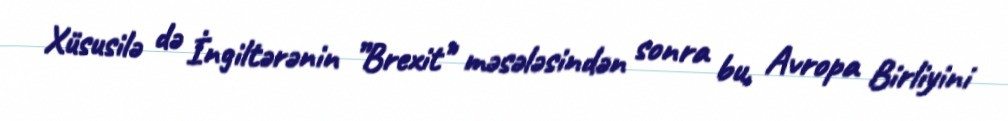
Xüsusilə də İngiltərənin ”Brexit" məsələsindən sonra bu, Avropa Birliyini